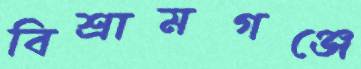
বিশ্রামগঞ্জে